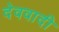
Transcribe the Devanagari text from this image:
देववादी